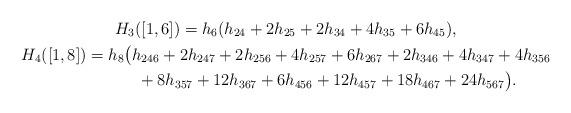
LaTeX: \begin{gather*}H_{3}([1,6])=h_{6}(h_{24} +2 h_{25}+ 2 h_{34}+4 h_{35}+6 h_{45}),\\H_4([1,8])=h_{8}\big(h_{246} +2 h_{247}+ 2 h_{256}+4 h_{257}+6 h_{267} +2 h_{346}+ 4 h_{347}+ 4 h_{356} \\\hphantom{H_4([1,8])=}{} +8 h_{357} +12 h_{367} + 6 h_{456}+ 12 h_{457} + 18 h_{467} +24 h_{567}\big).\end{gather*}